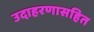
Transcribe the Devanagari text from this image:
उदाहरणासहित